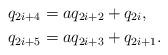
LaTeX: \begin{align*} q_{2i+4}&=aq_{2i+2}+q_{2i}, \\ q_{2i+5}&=aq_{2i+3}+q_{2i+1}.\end{align*}